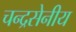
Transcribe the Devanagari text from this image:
चन्द्रसेनीय